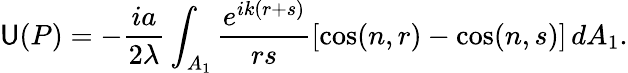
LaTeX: \mathsf{U}(P)=-{\frac{{ia}}{{2\lambda}}}\int_{A_{1}}{\frac{{e^{ik(r+s)}}}{{rs}}}[\cos(n,r)-\cos(n,s)]\, d{A_{1}}.